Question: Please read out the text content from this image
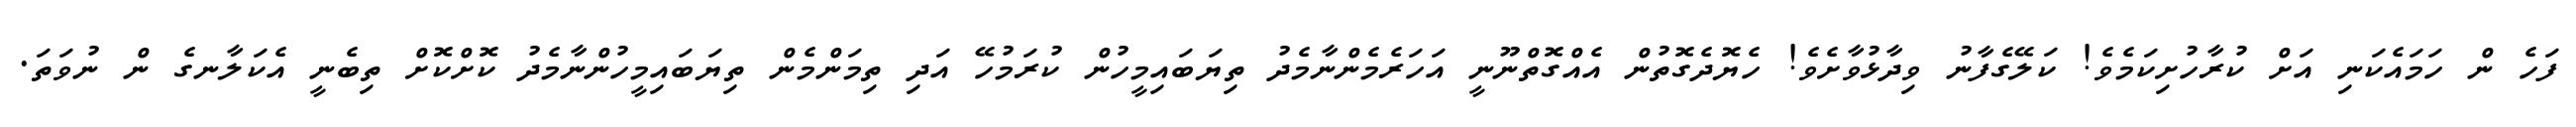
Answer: ފަހެ ން ހަމައެކަނި އަށް ކުރާހުށިކަމެވެ! ކަލޭގެފާނު ވިދާޅުވާށެވެ! ހެޔޮދެގޮތުން އެއްގޮތްނޫނީ އަހަރެމެންނާމެދު ތިޔަބައިމީހުން ކުރަމުހޭ އަދި ތިމަންމެން ތިޔަބައިމީހުންނާމެދު ކޮށްކޮށް ތިބެނީ އެކަލާނގެ ން ނުވަތަ.